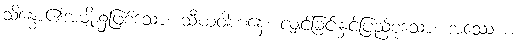
သိန္ဓော၏အမျိုး၌ဖြစ်သော။ သီဃဝါဟနေ၊ လျှင်ခြင်းနှင့်ပြည့်စုံသော။ အဿေ စ၊